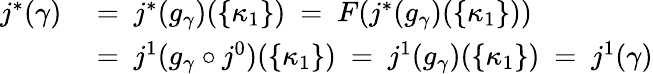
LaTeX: \begin{array}{rl}{j^{*}(\gamma)~}&{=~j^{*}(g_{\gamma})(\{ \kappa_{1}\} )~=~F(j^{*}(g_{\gamma})(\{ \kappa_{1}\} ))}\\ &{=~j^{1}(g_{\gamma}\circ j^{0})(\{ \kappa_{1}\} )~=~j^{1}(g_{\gamma})(\{ \kappa_{1}\} )~=~j^{1}(\gamma)}\end{array}